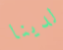
لدينا